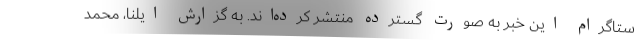
ستاگرام این خبر به صورت گسترده منتشر کرده‌اند. به گزارش ایلنا، محمد